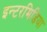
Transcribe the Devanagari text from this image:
इन्टरमिडिया